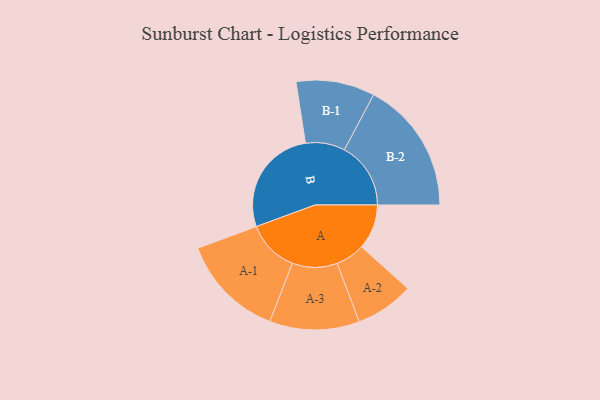
{"axis": {"x": "Segment", "y": "Value"}, "legend": ["", "A", "B"], "data": [{"x": "A", "y": 163, "type": ""}, {"x": "B", "y": 394, "type": ""}, {"x": "A-1", "y": 189, "type": "A"}, {"x": "A-2", "y": 106, "type": "A"}, {"x": "A-3", "y": 163, "type": "A"}, {"x": "B-1", "y": 143, "type": "B"}, {"x": "B-2", "y": 241, "type": "B"}]}